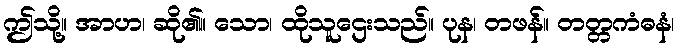
ဤသို့။ အာဟ၊ ဆို၏။ သော၊ ထိုသူဌေးသည်။ ပုန၊ တဖန်။ တတ္တကံဓနံ၊